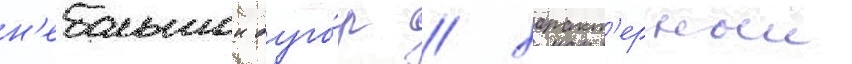
н'ебольшои буго́р / характ'ерныи